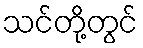
သင်တို့တွင်